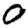
Digit: 0